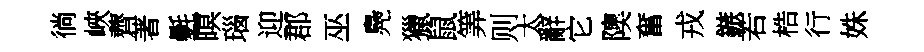
徜峽薺著氎暝瑙迎郡巫鳧獵鼠筭则太辭它隩奮戎鏃若梏行姝